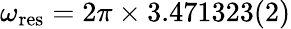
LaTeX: \omega_{\mathrm{res}}=2\pi\times 3.471323(2)